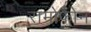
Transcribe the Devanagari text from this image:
रामोफोन